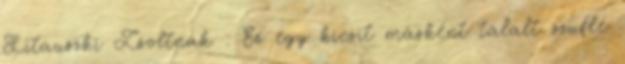
Litauszki Zsoltnak : Ez egy kicsit másként tálalt szuflé